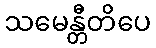
သမေန္တီတိပေ